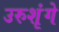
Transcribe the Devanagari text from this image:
उरुशृंगे